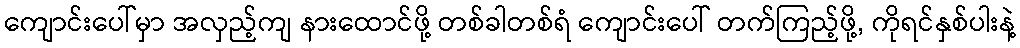
ကျောင်းပေါ်မှာ အလှည့်ကျ နားထောင်ဖို့ တစ်ခါတစ်ရံ ကျောင်းပေါ် တက်ကြည့်ဖို့, ကိုရင်နှစ်ပါးနဲ့